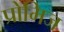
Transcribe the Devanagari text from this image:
प्रोमिज